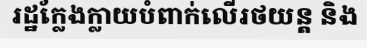
រដ្ឋក្លែងក្លាយបំពាក់លើរថយន្ត និង